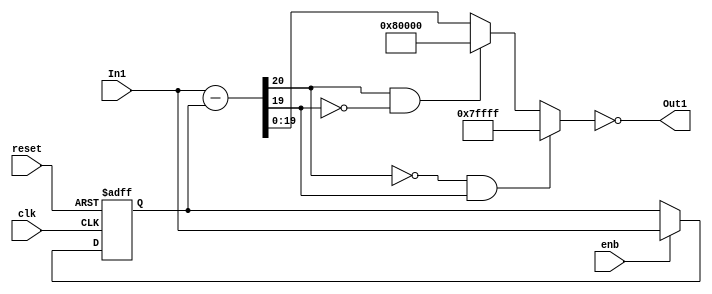
// -------------------------------------------------------------
// 
// 
// Generated by MATLAB 9.11 and HDL Coder 3.19
// 
// -------------------------------------------------------------


// -------------------------------------------------------------
// 
// Module: current_previous
// Source Path: adpcm_precision_study/ADPCM_ECD/ADPCM Decoder1/Step Size Adaptor1/current - previous
// Hierarchy Level: 3
// 
// -------------------------------------------------------------

`timescale 1 ns / 1 ns

module current_previous
          (clk,
           reset,
           enb,
           In1,
           Out1);


  input   clk;
  input   reset;
  input   enb;
  input   signed [19:0] In1;  // sfix20_En16
  output  Out1;


  reg signed [19:0] Delay_out1;  // sfix20_En16
  wire signed [20:0] Sum1_sub_cast;  // sfix21_En16
  wire signed [20:0] Sum1_sub_cast_1;  // sfix21_En16
  wire signed [20:0] Sum1_sub_temp;  // sfix21_En16
  wire signed [19:0] Sum1_out1;  // sfix20_En16
  wire signed [19:0] Constant5_out1;  // sfix20_En16
  wire Relational_Operator5_relop1;


  always @(posedge clk or posedge reset)
    begin : Delay_process
      if (reset == 1'b1) begin
        Delay_out1 <= 20'sb00000000000000000000;
      end
      else begin
        if (enb) begin
          Delay_out1 <= In1;
        end
      end
    end



  assign Sum1_sub_cast = {In1[19], In1};
  assign Sum1_sub_cast_1 = {Delay_out1[19], Delay_out1};
  assign Sum1_sub_temp = Sum1_sub_cast - Sum1_sub_cast_1;
  assign Sum1_out1 = ((Sum1_sub_temp[20] == 1'b0) && (Sum1_sub_temp[19] != 1'b0) ? 20'sb01111111111111111111 :
              ((Sum1_sub_temp[20] == 1'b1) && (Sum1_sub_temp[19] != 1'b1) ? 20'sb10000000000000000000 :
              $signed(Sum1_sub_temp[19:0])));



  assign Constant5_out1 = 20'sb00000000000000000000;



  assign Relational_Operator5_relop1 = Sum1_out1 == Constant5_out1;



  assign Out1 = Relational_Operator5_relop1;

endmodule  // current_previous